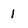
Character: 1